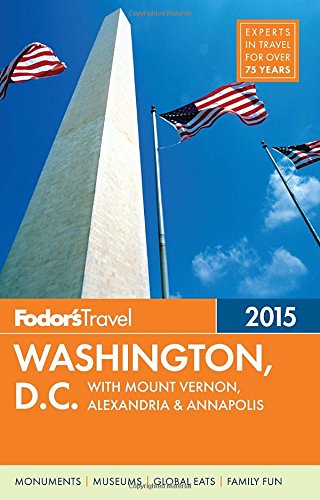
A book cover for Fodor's Washington, D.C. 2015: with Mount Vernon, Alexandria & Annapolis (Full-color Travel Guide); Fodor's; Travel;